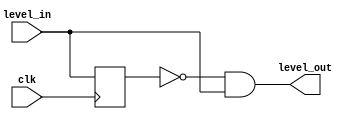
`timescale 1ns / 1ps

module edge_detector(
    input clk,
    input level_in,
    output level_out
    );
    
    reg delay_reg;
    always @ (posedge clk)
        delay_reg = level_in;
    
    assign level_out = ~delay_reg & level_in;
endmodule